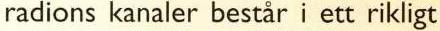
radions kanaler består i ett rikligt